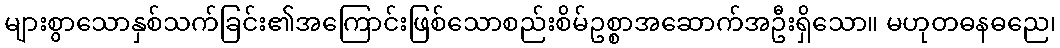
များစွာသောနှစ်သက်ခြင်း၏အကြောင်းဖြစ်သောစည်းစိမ်ဥစ္စာအဆောက်အဦးရှိသော။ မဟုတဓနဓညေ၊